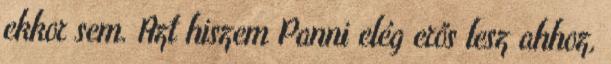
ekkor sem. Azt hiszem Panni elég erős lesz ahhoz,